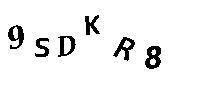
9SDKR8